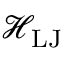
\mathcal { H } _ { \mathrm { L J } }